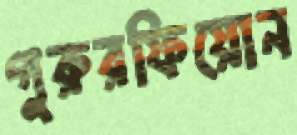
গুরুরফিয়োন